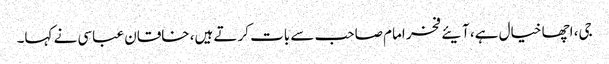
جی، اچھا خیال ہے، آیئے فخر امام صاحب سے بات کرتے ہیں، خاقان عباسی نے کہا۔